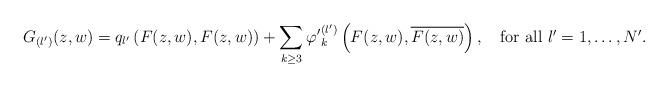
LaTeX: \begin{align*} G_{\left(l'\right)}(z,w)=q_{l'}\left(F(z,w),F(z,w)\right)+\displaystyle\sum _{k\geq3}{\varphi'}_{k}^{\left(l'\right)}\left(F(z,w),\overline{F(z,w)}\right),\quad\mbox{for all $l'=1,\dots,N'$.} \end{align*}